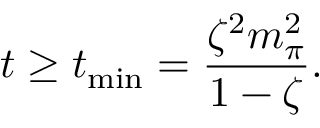
t \geq t _ { \mathrm { m i n } } = \frac { \zeta ^ { 2 } m _ { \pi } ^ { 2 } } { 1 - \zeta } .